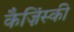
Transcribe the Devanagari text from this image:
कैज़िंस्की